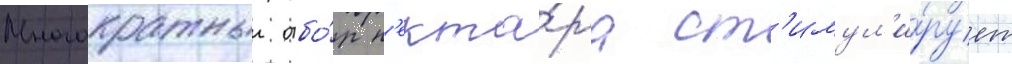
Многократныи отбо́р н'екта́ра ст'имул'и́рует